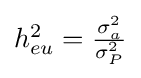
{\textstyle h_{eu}^{2}={\tfrac {\sigma _{a}^{2}}{\sigma _{P}^{2}}}}